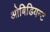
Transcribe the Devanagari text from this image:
ओबिडियन्ट